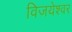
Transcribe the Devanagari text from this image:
विजयेश्वर